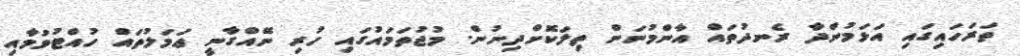
ތަރަހައިގައި އަޅަމުންދާ ރެނދުތައް އާންމުނަން ތިލަކޮށްދިނުން. މުޖުތަމައުގައި ހުރި ނޭއްގާނީ ޢަމަލުތައް ހުއްޓުވުމާއި